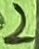
Text: 2